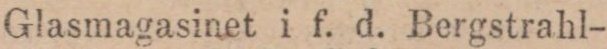
(1263) Glasmagasinet i f. d. Bergstrahl-